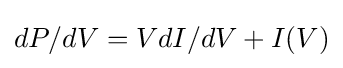
dP/dV=VdI/dV+I(V)